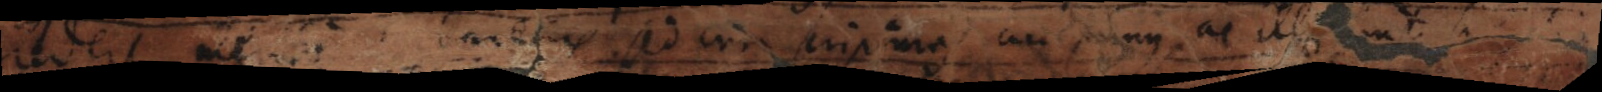
credere merito turbareris sed cum scripturas accipimus ac illae sunt simplices